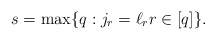
\begin{align*}s=\max\{q: j_{r}=\ell_{r} r \in[q]\}.\end{align*}